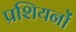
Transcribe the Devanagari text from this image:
प्रशियनों